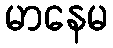
မာနေမ